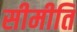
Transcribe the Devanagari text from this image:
सीमीति